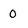
Character: 0